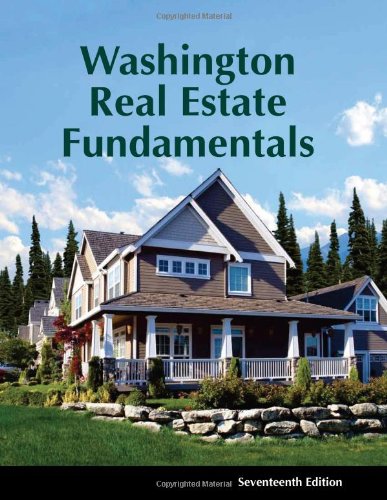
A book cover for Washington Real Estate Fundamentals - 17th edition; Kathryn Haupt; Business & Money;